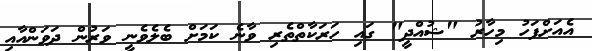
އެއަށްފަހު މިހާރު "ޝުއްދީ" ގައި ހަރަކާތްތެރި ވާނެ ކަމަށް ބެލެވެނީ ވަރުން ދަވަންއާއި